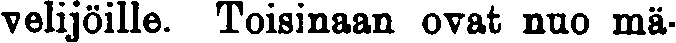
velijöille. Toisinaan ovat nuo mä-